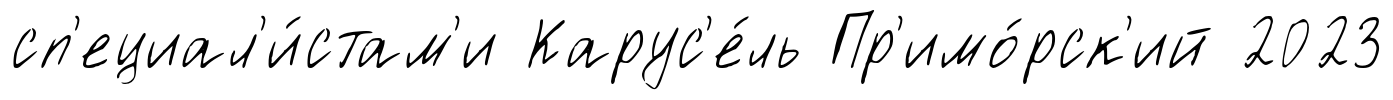
сп'ециал'и́стам'и Карус'е́ль Пр'имо́рск'ий 2023